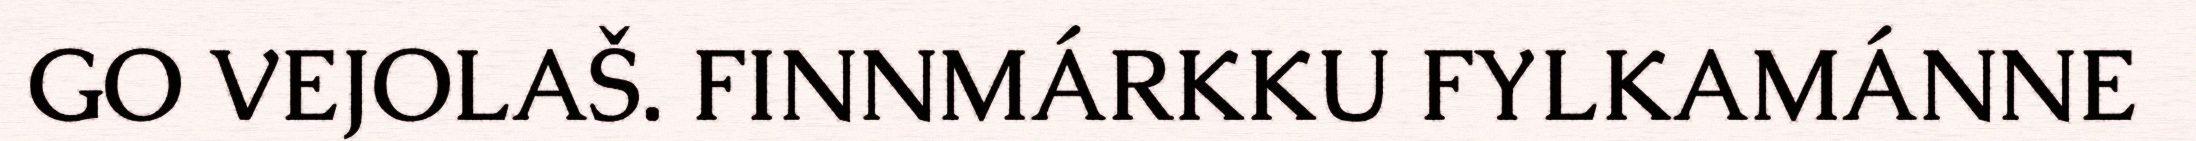
GO VEJOLAŠ. FINNMÁRKKU FYLKAMÁNNE